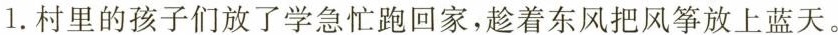
1.村里的孩子们放了学急忙跑回家，趁着东风把风筝放上蓝天。